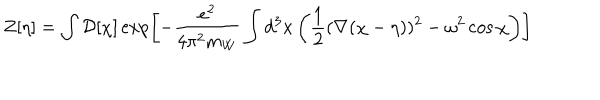
LaTeX: Z [ \eta ] = \int { \cal D } [ \chi ] \exp \left[ - { \frac { e ^ { 2 } } { 4 \pi ^ { 2 } m _ { W } } } \int d ^ { 3 } x \left( { \frac { 1 } { 2 } } ( \nabla ( \chi - \eta ) ) ^ { 2 } - \omega ^ { 2 } \cos \chi \right) \right]